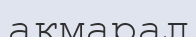
ақмарал